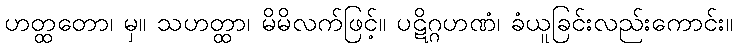
ဟတ္ထတော၊ မှ။ သဟတ္ထာ၊ မိမိလက်ဖြင့်။ ပဋိဂ္ဂဟဏံ၊ ခံယူခြင်းလည်းကောင်း။